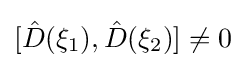
[{\hat {D}}(\xi _{1}),{\hat {D}}(\xi _{2})]\neq 0